On the action of the venoms of the cobra (Naja tripudians) and of the daboia (Daboia russellii) on the red blood corpuscles and on the blood plasma - Number 4
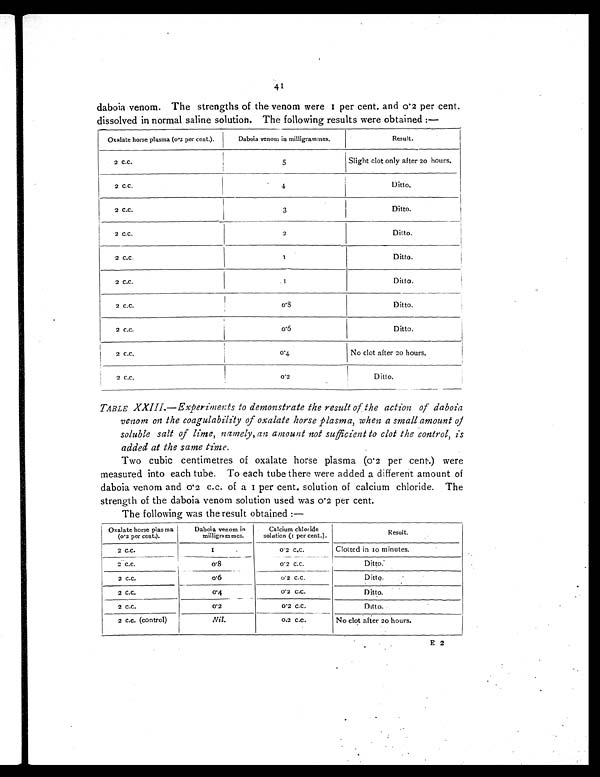
41
daboia venom. The strengths of the venom were 1 per cent. and 0.2 per cent.
dissolved in normal saline solution. The following results were obtained :—
Oxalate horse plasma (0.2 per cent.).
Daboia venom in milligrammes.
Result.
2 c.c.
5
Slight clot only after 20 hours.
2 c.c.
4
Ditto.
2 c.c.
3
Ditto.
2 c.c.
2
Ditto.
2 c.c.
1
Ditto.
2 c.c.
1
Ditto.
2 c.c.
0.8
Ditto.
2 c.c.
0 . 6
Ditto.
2 c.c.
0.4
No clot after 20 hours.
2 c.c.
0.2
Ditto.
TABLE XXIII.—Experiments to demonstrate the result of the action of daboia.
venom on the coagulability of oxalate horse plasma, when a small amount of
soluble salt of lime, namely, an amount not sufficient to clot the control, is
added at the same time.
Two cubic centimetres of oxalate horse plasma (0.2 per cent.) were
measured into each tube. To each tube there were added a different amount of
daboia venom and 0.2 c . c . o f a 1 p e r c e n t . s o l u t i o n o f c a l c i u m c h l o r i d e . Th e
strength of the daboia venom solution used was 0.2 per cent.
The following was the result obtained :—
Oxalate horse plasma
(0.2 per cent.).
Daboia venom in
milligrammes.
Calcium chloride
solution (1 per cent.).
Result.
2 c.c.
1 0
. 2 c . c .
Clotted in 10 minutes.
2 c.c.
0 . 8 0
. 2 c . c .
Ditto.
2 c.c.
0.6
0
. 2 c . c .
Ditto.
2 c.c.
0.4.
0.
2 c.c.
Ditto.
2 c.c.
0.2
0
. 2 c . c .
Ditto.
2 c.c. (control)
Nil.
0.
2 c.c.
No clot after 20 hours.
E 2